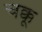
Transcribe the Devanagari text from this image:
चक्कू